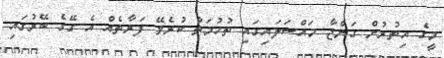
މީގެ އިތުރުން ގަންޖާ މައްސަލައިގައި ތުހުމަތު ކުރެވޭ ފަރާތެއް އެ ގޭގެ ބޭރުގައި